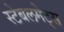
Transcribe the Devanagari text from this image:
स्टेबलमेट्स